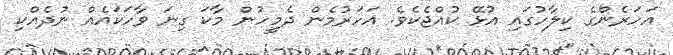
އަހަރެންގެ ކިލާހުގައި އުޅޭ ކުއްޖެކެވެ. އަހަރުމެން ދެމީހުން މާކަ ގިނަ ވާހަކައެއް ނުދެއްކި